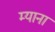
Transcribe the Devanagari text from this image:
म्याना